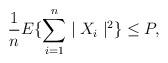
LaTeX: \begin{align*}\frac{1}{n}E\{ \sum_{i=1}^n\mid X_i\mid^2\}\leq P, \end{align*}